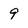
Character: 9